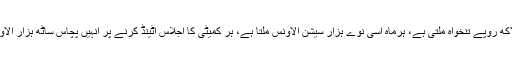
انہیں ڈھائی تین لاکھ روپے تنخواہ ملتی ہے، ہرماہ اسی نوے ہزار سیشن الاؤنس ملتا ہے، ہر کمیٹی کا اجلاس اٹینڈ کرنے پر انہیں پچاس ساٹھ ہزار الاوٰنس الگ ملتا ہے۔